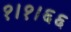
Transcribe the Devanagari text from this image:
१।१।६६